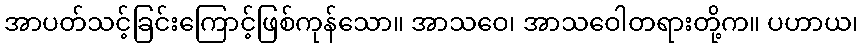
အာပတ်သင့်ခြင်းကြောင့်ဖြစ်ကုန်သော။ အာသဝေ၊ အာသဝေါတရားတို့က။ ပဟာယ၊